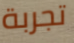
تجربة